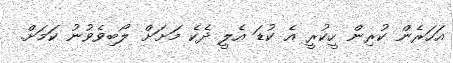
އަހަރެން ކުރިން ހީކުރީ އެ ކުޑަ އެލީ ދެކެ މަށަށް ލޯބިވެވުނު ކަމަށް.